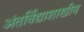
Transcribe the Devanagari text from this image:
अंतर्विद्याशाखीय